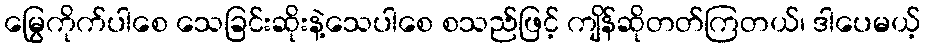
မြွေကိုက်ပါစေ သေခြင်းဆိုးနဲ့သေပါစေ စသည်ဖြင့် ကျိန်ဆိုတတ်ကြတယ်၊ ဒါပေမယ့်